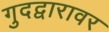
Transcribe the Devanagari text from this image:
गुदद्वारावर